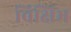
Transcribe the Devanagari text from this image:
विक्षिभ